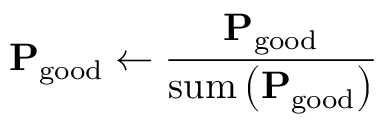
\mathbf { P } _ { \mathrm { g o o d } } \leftarrow \frac { \mathbf { P } _ { \mathrm { g o o d } } } { \mathrm { s u m } \left( \mathbf { P } _ { \mathrm { g o o d } } \right) }